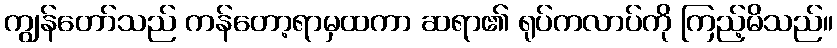
ကျွန်တော်သည် ကန်တော့ရာမှထကာ ဆရာ၏ ရုပ်ကလာပ်ကို ကြည့်မိသည်။